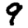
Digit: 9